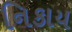
નિકાય